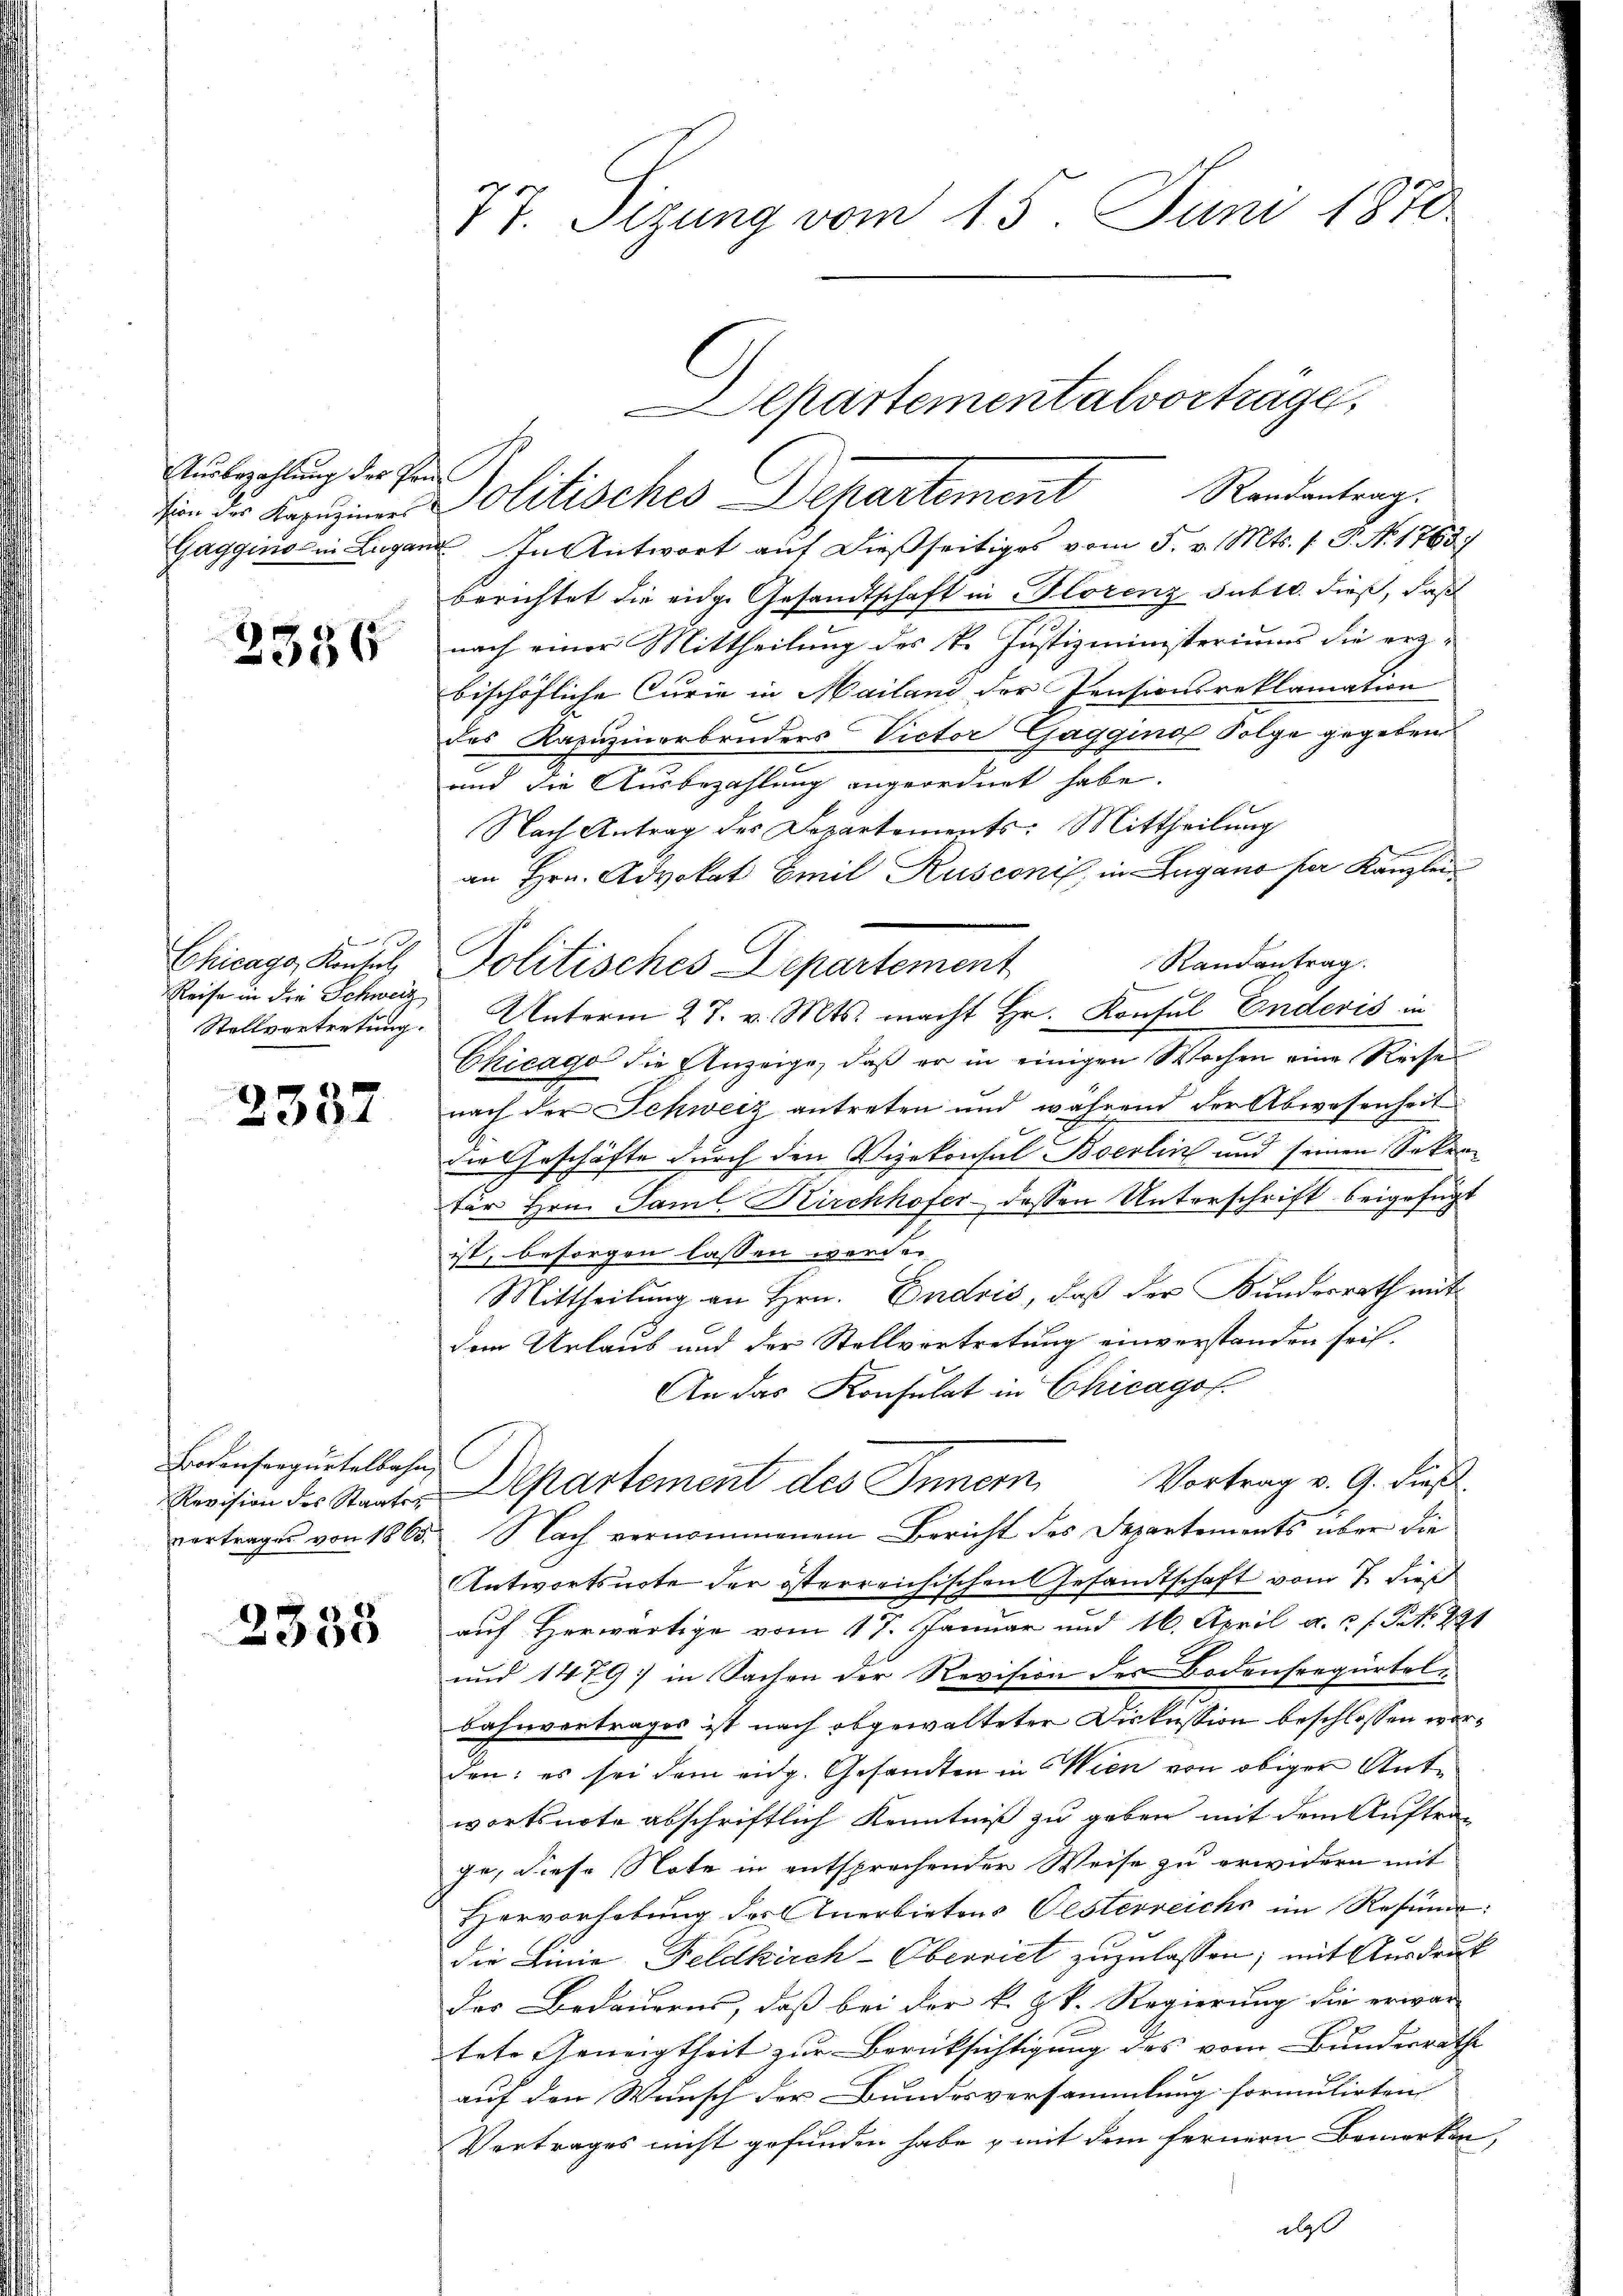
Ausbezahlung der Prü¬
Gagginio in Lugan

2386

n
Chicago, Konsul
Reise in die Schweiz
Stellvertretung.

2337

Botenfrequetelbahn,
Revision des Staatsr

2338

77. Sizung vom 15. Juni 1870

In Antwort auf dießseitiges vom 5. v. Mts. 1. P. N. 1763)
berichtet die eidge Gesandtschaft in Florenz subtr. dieß, daß
nach einer Mittheilung des k. Justizministeriums die erz-
bischöfliche Curie in Mailand der Pensionsreklamation
des Kapuzinerbruders Victor Gagging Folge gegeben
und die Ausbezahlung angeordnet habe.
Nach Antrag des Departements: Mittheilung
an Hrn. Advokat Emil Rusconis, in Lugano per Kanzlei
Randantrag.
Politisches Departement
Unterm 27. v. Mts. macht Hr. Konsul Enderes in
Chicago die Anzeige, daß er in einigen Wochen eine Reisen
nach der Schweiz antreten und während der Abwesenheit
die Geschäfte durch den Vizekonsul Boerlin und seinen Sekunfür Hrn. Saml. Kirchhofer dessen Unterschrift beigefügt
ist, besorgen lassen werde.
Mittheilung an Hrn. Endris, daß der Bundesrath mit
dem Urlaub und der Stellvertretung einverstanden sei.
An das Konsulat in Chicagof.
Departement des Innern Vortrag v. 9. dieß
vertrages von 1865. Nach vernommenem Bericht des Departements über die
Antwortsnote der österreichischen Gesandtschaft vom 7. dieß
auf Herwärtige vom 17. Januar und 16. April a. c. s. S. 221
und 1479 in Sachen der Revision des Bodensregürtelbahnvertrages ist nach obgewalteter Diskussion beschlossen worden: es sei dem eidg. Gesandten in Wien von obiger Antwortsnote abschriftlich Kenntniß zu geben mit dem Auftrage, diese Note in entsprechender Weise zu erwidern mit
Hervorhebung der Anerbietens Oesterreichs im Resume
die Linie, Feldkirch-Oberriet zuzulassen; mit Ausdruck
des Bedauerns, daß bei der k. k. Regierung die erwar-
tete Geneigtheit zur Berücksichtigung des vom Bundesrathe
auf den Wunsch der Bundesversammlung formulirten
Vertrages nicht gefunden habe , mit dem fernern Bemerken,
ebs

Departementalvorträge.
Von der Kapuziner Politisches Departement Randantrag.